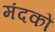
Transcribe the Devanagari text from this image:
मंदकों